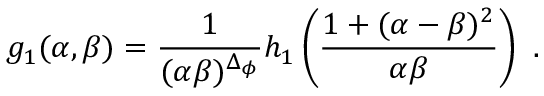
g _ { 1 } ( \alpha , \beta ) = \frac { 1 } { ( \alpha \beta ) ^ { \Delta _ { \phi } } } h _ { 1 } \left( \frac { 1 + ( \alpha - \beta ) ^ { 2 } } { \alpha \beta } \right) ~ .